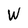
Character: W